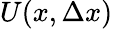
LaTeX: U(x,\Delta x)